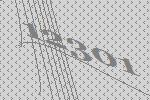
12301